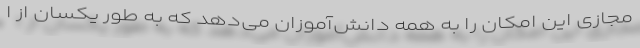
مجازی این امکان را به همه دانش‌آموزان می‌دهد که به طور یکسان از ا